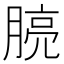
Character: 𪱧